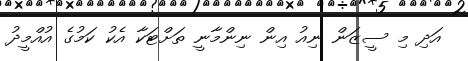
އަދި މި ސީޒަން ނިއު އިން ނިންމާނީ ތަށްޓަކާ އެކު ކަމުގެ އުއްމީދު